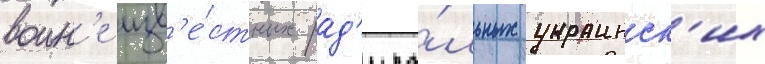
воин'е изв'е́стных рад'ика́льных украинск'их